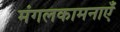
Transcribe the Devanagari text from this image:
मंगलकामनाएँ